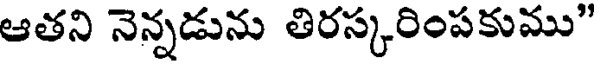
ఆతని నెన్నడును తిరస్కరింపకుము"